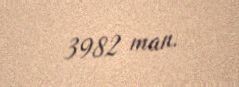
3982 man.